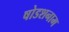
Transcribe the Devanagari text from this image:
षोडशनाम